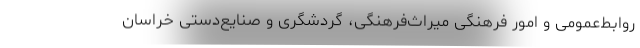
روابط‌عمومی و امور فرهنگی میراث‌فرهنگی، گردشگری و صنایع‌دستی خراسان